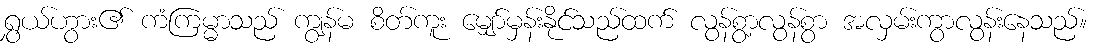
ရွှယ်ဟွား၏ ကံကြမ္မာသည် ကျွန်မ စိတ်ကူး မျှော်မှန်းနိုင်သည်ထက် လွန်စွာ့လွန်စွာ အလှမ်းကွာလွန်းနေသည်။